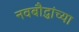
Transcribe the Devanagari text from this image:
नवबौद्धांच्या